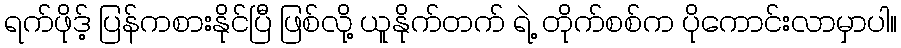
ရက်ဖိုဒ့် ပြန်ကစားနိုင်ပြီ ဖြစ်လို့ ယူနိုက်တက် ရဲ့ တိုက်စစ်က ပိုကောင်းလာမှာပါ။